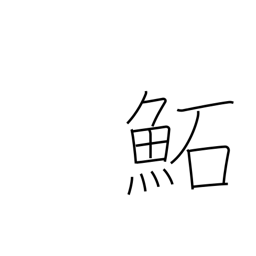
Meaning: (kokuji)